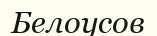
Белоусов